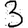
Digit: 3